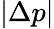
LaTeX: |\Delta p|